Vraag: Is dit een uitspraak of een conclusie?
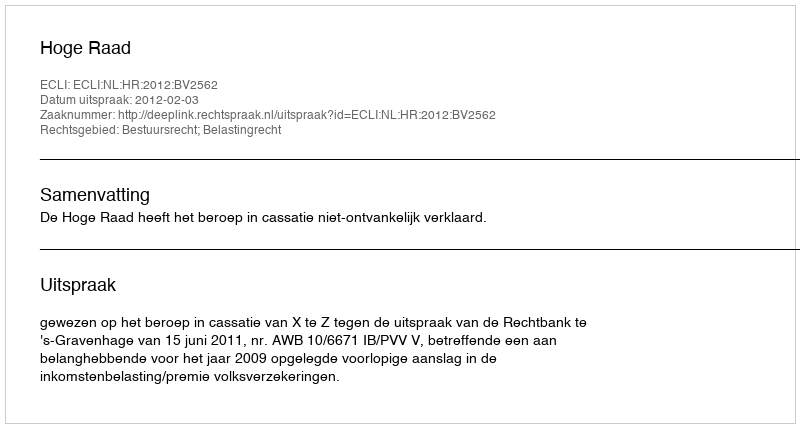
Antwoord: Uitspraak